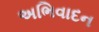
અભિવાદન